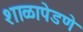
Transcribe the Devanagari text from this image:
शाळापेडणे